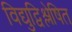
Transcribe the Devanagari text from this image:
विद्युद्विश्लेषित